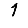
Digit: 1